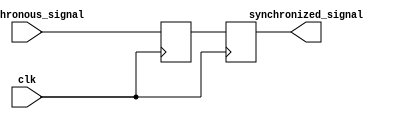
module synchronization_block(
    input wire asynchronous_signal,
    input wire clk,
    output reg synchronized_signal
);

reg first_ff;
reg second_ff;

always @(posedge clk) begin
    first_ff <= asynchronous_signal;
end

always @(posedge clk) begin
    second_ff <= first_ff;
end

assign synchronized_signal = second_ff;

endmodule